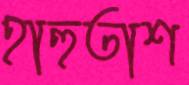
হাহুতাশ